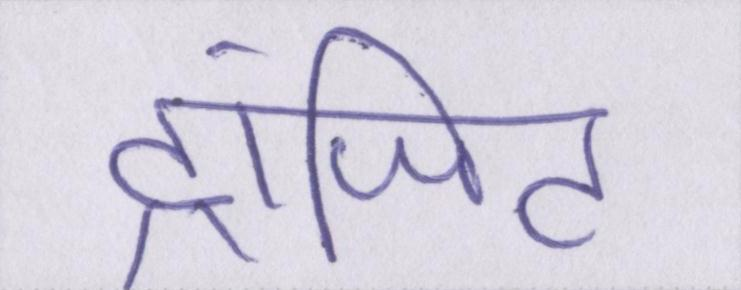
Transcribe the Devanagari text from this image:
ट्रांजिट